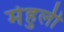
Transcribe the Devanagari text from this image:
मेहुली